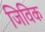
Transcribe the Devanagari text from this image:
जिविक